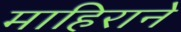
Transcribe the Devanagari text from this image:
माहिराने